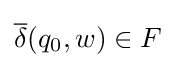
{\overline {\delta }}(q_{0},w)\in F